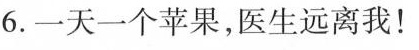
6.一天一个苹果,医生远离我!